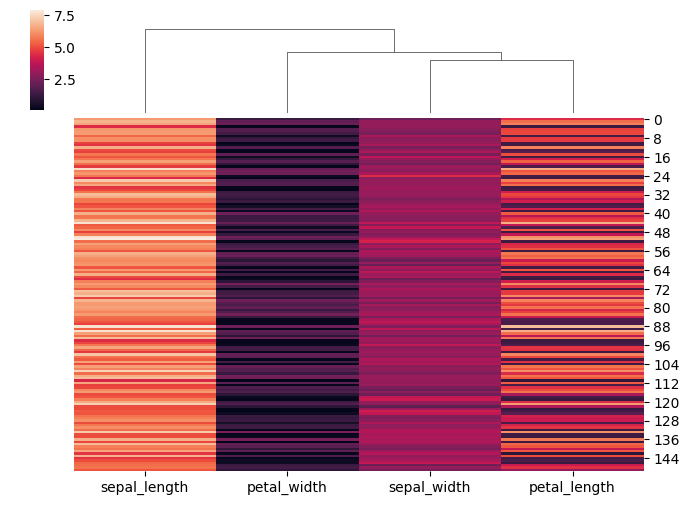
python, seaborn, clustermap, figsize=(7, 5), row_cluster=False, dendrogram_ratio=(0.1, 0.2), cbar_pos=(0.05, 0.8, 0.02, 0.2)